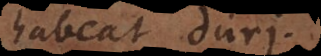
habeat duri.